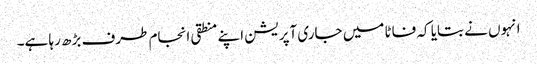
انہوں نے بتایا کہ فاٹا میں جاری آپریشن اپنے منطقی انجام طرف بڑھ رہا ہے۔